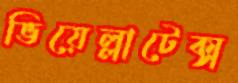
ভিয়েল্লাটেক্স